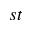
^ { s t }